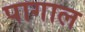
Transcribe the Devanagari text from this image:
पागाल